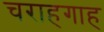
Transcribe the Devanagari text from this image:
चराहगाह